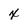
Character: x